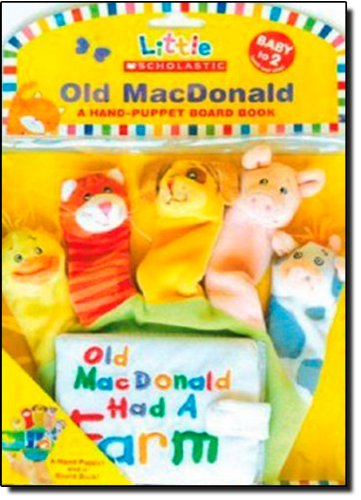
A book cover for Old Macdonald: A Hand-Puppet Board Book (Little Scholastic); Scholastic; Children's Books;